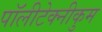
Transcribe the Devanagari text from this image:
पॉलीटेक्नीकुम